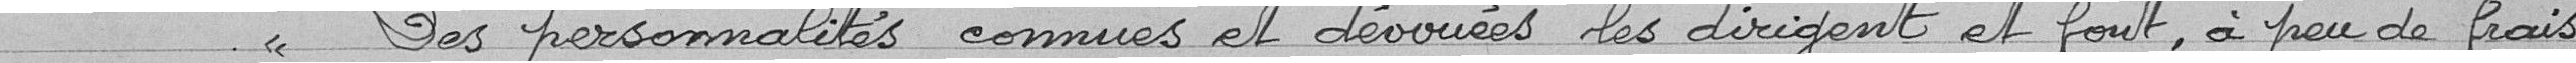
" Les personnalités connues et dévouées les dirigent et font, à peu de frais